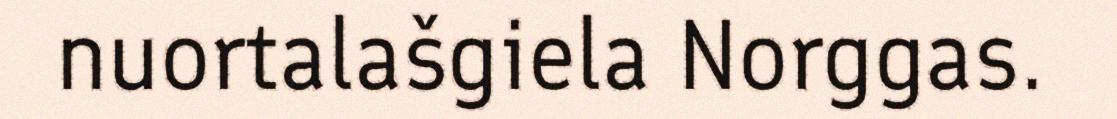
nuortalašgiela Norggas.